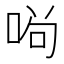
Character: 𠴣